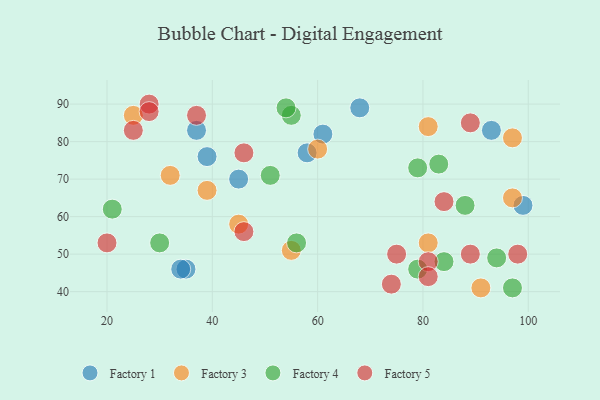
{"axis": {"x": "GDP", "y": "Life Expectancy"}, "legend": ["Factory 1", "Factory 3", "Factory 4", "Factory 5"], "data": [{"x": "68", "y": 89, "type": "Factory 1"}, {"x": "37", "y": 83, "type": "Factory 1"}, {"x": "58", "y": 77, "type": "Factory 1"}, {"x": "39", "y": 76, "type": "Factory 1"}, {"x": "99", "y": 63, "type": "Factory 1"}, {"x": "35", "y": 46, "type": "Factory 1"}, {"x": "34", "y": 46, "type": "Factory 1"}, {"x": "61", "y": 82, "type": "Factory 1"}, {"x": "93", "y": 83, "type": "Factory 1"}, {"x": "45", "y": 70, "type": "Factory 1"}, {"x": "39", "y": 67, "type": "Factory 3"}, {"x": "45", "y": 58, "type": "Factory 3"}, {"x": "32", "y": 71, "type": "Factory 3"}, {"x": "60", "y": 78, "type": "Factory 3"}, {"x": "97", "y": 65, "type": "Factory 3"}, {"x": "97", "y": 81, "type": "Factory 3"}, {"x": "91", "y": 41, "type": "Factory 3"}, {"x": "25", "y": 87, "type": "Factory 3"}, {"x": "81", "y": 53, "type": "Factory 3"}, {"x": "55", "y": 51, "type": "Factory 3"}, {"x": "81", "y": 84, "type": "Factory 3"}, {"x": "79", "y": 46, "type": "Factory 4"}, {"x": "79", "y": 73, "type": "Factory 4"}, {"x": "88", "y": 63, "type": "Factory 4"}, {"x": "94", "y": 49, "type": "Factory 4"}, {"x": "83", "y": 74, "type": "Factory 4"}, {"x": "21", "y": 62, "type": "Factory 4"}, {"x": "51", "y": 71, "type": "Factory 4"}, {"x": "55", "y": 87, "type": "Factory 4"}, {"x": "56", "y": 53, "type": "Factory 4"}, {"x": "97", "y": 41, "type": "Factory 4"}, {"x": "30", "y": 53, "type": "Factory 4"}, {"x": "54", "y": 89, "type": "Factory 4"}, {"x": "84", "y": 48, "type": "Factory 4"}, {"x": "81", "y": 48, "type": "Factory 5"}, {"x": "75", "y": 50, "type": "Factory 5"}, {"x": "20", "y": 53, "type": "Factory 5"}, {"x": "89", "y": 50, "type": "Factory 5"}, {"x": "25", "y": 83, "type": "Factory 5"}, {"x": "46", "y": 77, "type": "Factory 5"}, {"x": "46", "y": 56, "type": "Factory 5"}, {"x": "81", "y": 44, "type": "Factory 5"}, {"x": "28", "y": 90, "type": "Factory 5"}, {"x": "37", "y": 87, "type": "Factory 5"}, {"x": "89", "y": 85, "type": "Factory 5"}, {"x": "74", "y": 42, "type": "Factory 5"}, {"x": "28", "y": 88, "type": "Factory 5"}, {"x": "98", "y": 50, "type": "Factory 5"}, {"x": "84", "y": 64, "type": "Factory 5"}]}